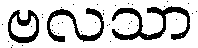
ဗလသာ